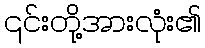
၎င်းတို့အားလုံး၏